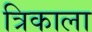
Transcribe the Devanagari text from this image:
त्रिकाला